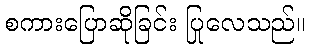
စကားပြောဆိုခြင်း ပြုလေသည်။